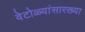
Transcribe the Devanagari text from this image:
वेटोळ्यांसारख्या